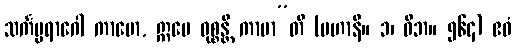
သင်္ကပ္ပရာဂေါ ကာမော, ဣမေ ဝုစ္စန္တိ ကာမာ”တိ (မဟာနိ။ ၁၊ ဝိဘ။ ၅၆၄) ဧဝံ